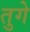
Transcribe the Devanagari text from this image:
तुगे